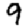
Digit: 9